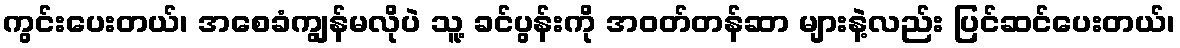
ကွင်းပေးတယ်၊ အစေခံကျွန်မလိုပဲ သူ့ ခင်ပွန်းကို အဝတ်တန်ဆာ များနဲ့လည်း ပြင်ဆင်ပေးတယ်၊